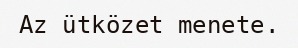
Az ütközet menete.